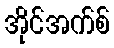
အိုင်အက်စ်